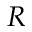
R